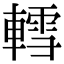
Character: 轌